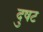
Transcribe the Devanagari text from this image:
दुषट